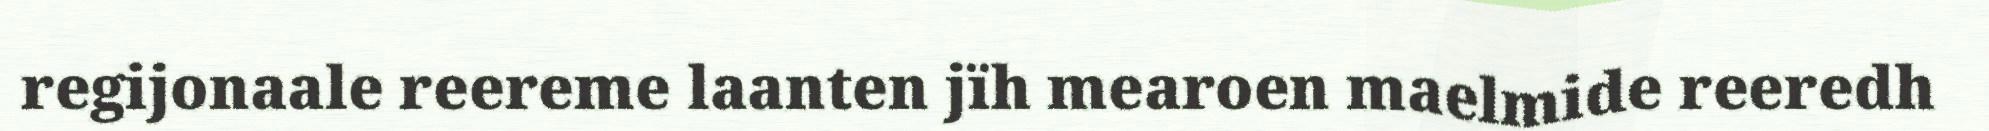
regijonaale reereme laanten jïh mearoen maelmide reeredh